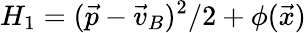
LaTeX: H_{1}=(\vec{p}-\vec{v}_{B})^{2}/{2}+{\phi(\vec{x})}